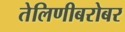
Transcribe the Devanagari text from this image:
तेलिणीबरोबर